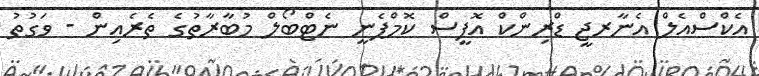
އެކްސްއެލް އެނާރޖީ ޑްރިންކް އޮފީސް ކޮމްޕެނީ ނެޓްބޯލް މުބާރާތުގެ ތެރެއިން - ވަގުތު